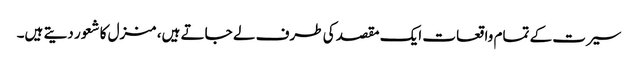
سیرت کے تمام واقعات ایک مقصد کی طرف لے جاتے ہیں، منزل کا شعور دیتے ہیں۔